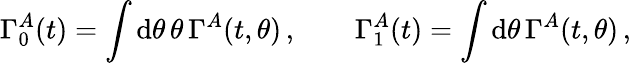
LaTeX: \Gamma_{0}^{A}(t)=\int\mathrm{d}\theta\, \theta\, \Gamma^{A}(t,\theta)\, ,\qquad\Gamma_{1}^{A}(t)=\int\mathrm{d}\theta\, \Gamma^{A}(t,\theta)\, ,